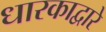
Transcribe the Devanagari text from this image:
धारकाद्वारे